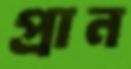
প্রান